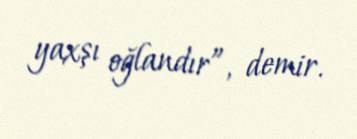
yaxşı oğlandır”, demir.